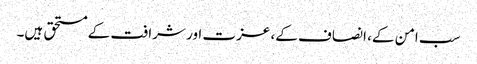
سب امن کے، انصاف کے، عزت اور شرافت کے مستحق ہیں۔